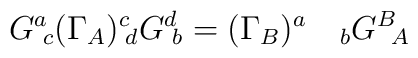
G^a\!_c(\Gamma _A)^c\!_dG^d\!_b=(\Gamma _B)^a\quad _bG^B\!_A